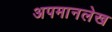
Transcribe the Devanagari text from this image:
अपमानलेख